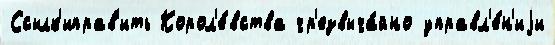
Ссылк'иправ'ить Корол'е́вства чр'езвыча́йно управл'е́н'иjи